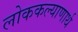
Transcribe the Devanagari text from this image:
लोककल्याणार्थ